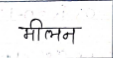
मजकूर: मीलन